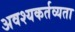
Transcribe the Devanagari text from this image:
अवश्यकर्तव्यता